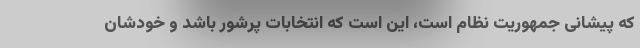
که پیشانی جمهوریت نظام است، این است که انتخابات پرشور باشد و خودشان